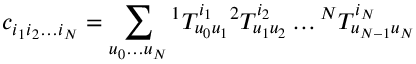
c _ { i _ { 1 } i _ { 2 } \ldots i _ { N } } = \sum _ { u _ { 0 } \ldots u _ { N } } { { ^ 1 T _ { u _ { 0 } u _ { 1 } } ^ { i _ { 1 } } } { ^ 2 T _ { u _ { 1 } u _ { 2 } } ^ { i _ { 2 } } } \ldots { ^ N T _ { u _ { N - 1 } u _ { N } } ^ { i _ { N } } } }